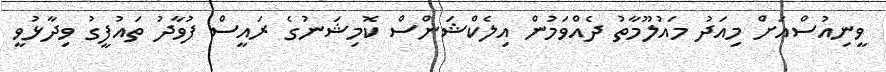
ވީނިއުސްއަށް މިއަދު މައުލޫމާތު ދެއްވަމުން އިލެކްޝަންސް ކޮމިޝަނުގެ ރައީސް ފުވާދު ތައުފީގު ވިދާޅުވީ